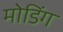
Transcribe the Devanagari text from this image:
मोडिंग